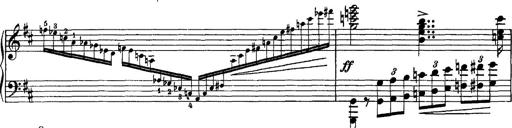
Title: Piano Sonata
Composer: Karl HÃ¤ssler
Key: C major